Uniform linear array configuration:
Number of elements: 12
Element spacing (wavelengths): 0.25
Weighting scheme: uniform
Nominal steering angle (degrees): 0
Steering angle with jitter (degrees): -0.06722
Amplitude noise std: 0.05
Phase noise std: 0.05

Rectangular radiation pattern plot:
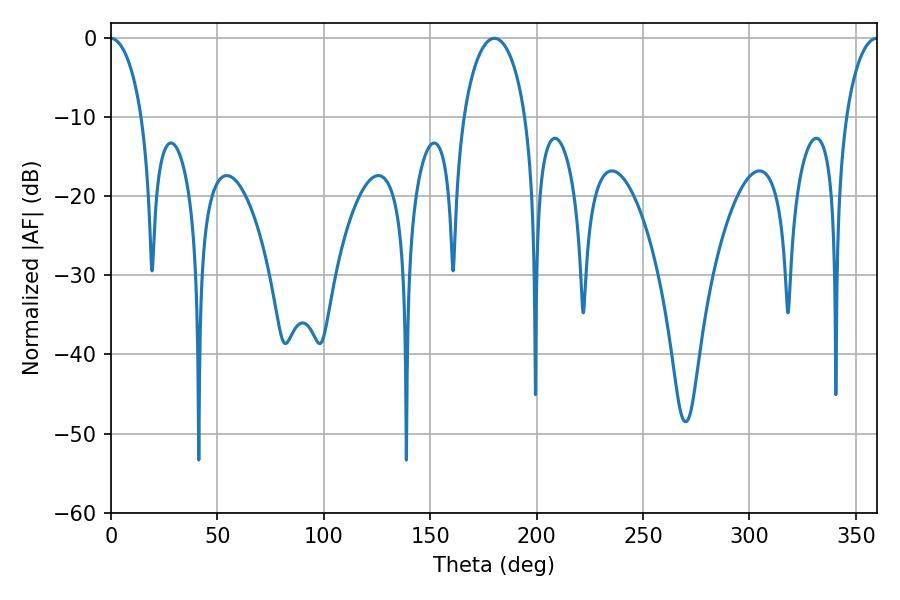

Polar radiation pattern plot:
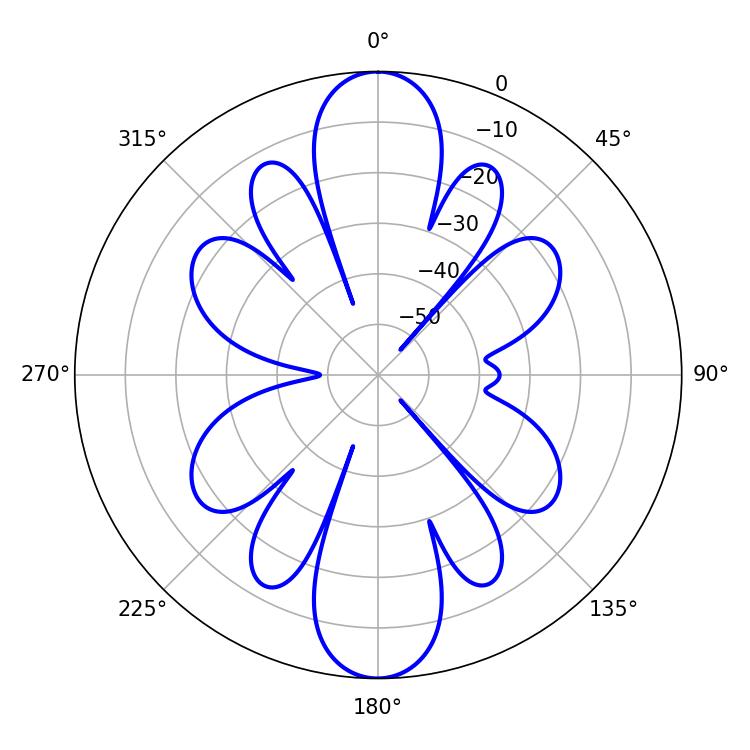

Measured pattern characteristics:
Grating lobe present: FALSE
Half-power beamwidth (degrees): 16.74
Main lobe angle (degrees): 180.18